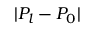
| P _ { l } - P _ { 0 } |